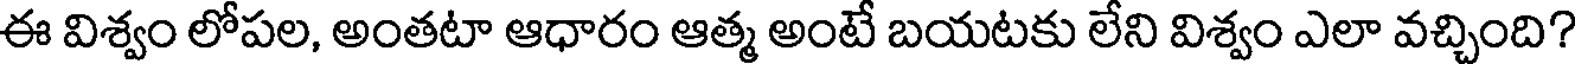
ఈ విశ్వం లోపల, అంతటా ఆధారం ఆత్మ అంటే బయటకు లేని విశ్వం ఎలా వచ్చింది?